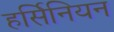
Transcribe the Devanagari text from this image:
हर्सिनियन